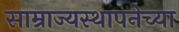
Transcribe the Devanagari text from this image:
साम्राज्यस्थापनेच्या